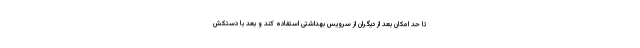
تا حد امکان بعد از دیگران از سرویس بهداشتی استفاده کند و بعد با دستکش